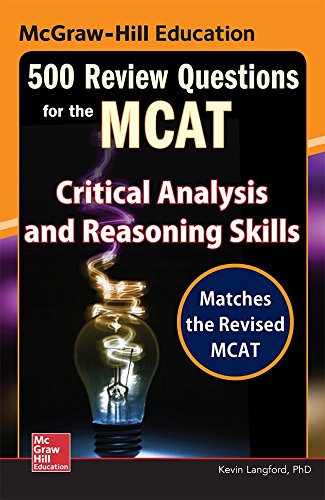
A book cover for McGraw-Hill Education 500 Review Questions for the MCAT: Critical Analysis and Reasoning Skills; Kevin Langford; Test Preparation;